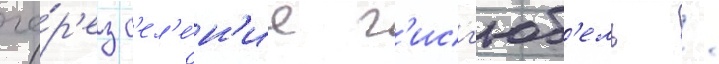
че́р'ез с'ел'е́н'ие г'исг'юб'ель /